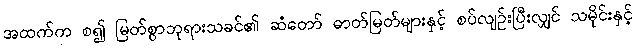
အထက်က စ၍ မြတ်စွာဘုရားသခင်၏ ဆံတော် ဓာတ်မြတ်များနှင့် စပ်လျဉ်းပြီးလျှင် သမိုင်းနှင့်